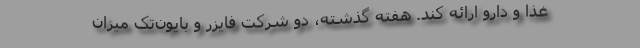
غذا و دارو ارائه کند. هفته گذشته، دو شرکت فایزر و بایون‌تک میزان